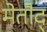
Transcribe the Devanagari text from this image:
मेतौद्